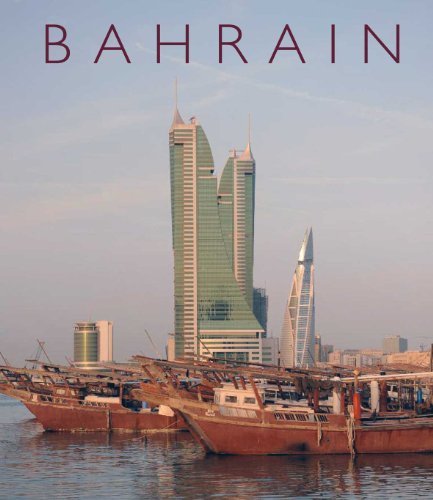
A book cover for Bahrain; Robin Lamb; History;